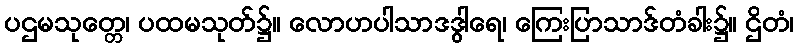
ပဌမသုတ္တေ၊ ပထမသုတ်၌။ လောဟပါသာဒဒွါရေ၊ ကြေးပြာသာဒ်တံခါး၌။ ဌိတံ၊